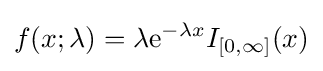
f(x;\lambda )=\lambda \mathrm {e} ^{-\lambda x}I_{[0,\infty ]}(x)